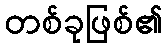
တစ်ခုဖြစ်၏